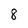
Character: 8